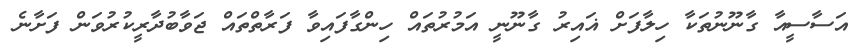
އަސާސީއާ ގާނޫނުތަކާ ހިލާފަށް ޣައިރު ގާނޫނީ އަމުރުތައް ހިންގާފައިވާ ފަރާތްތައް ޖަވާބުދާރީކުރުވަން ފަށާނެ